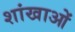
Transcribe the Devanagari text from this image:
शांखाओं